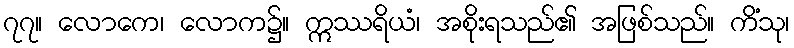
၇၇။ လောကေ၊ လောက၌။ ဣဿရိယံ၊ အစိုးရသည်၏ အဖြစ်သည်။ ကိံသု၊